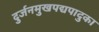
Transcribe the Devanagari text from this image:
दुर्जनमुखपद्यपादुका